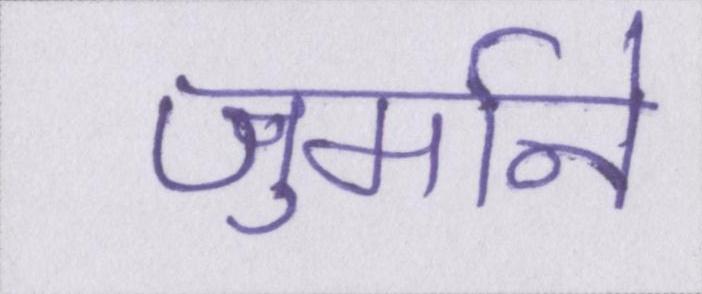
जुर्माने